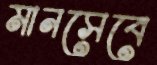
মানসেবে